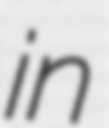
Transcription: in